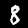
Digit: 8